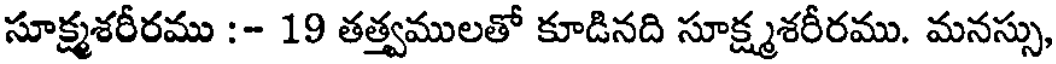
సూక్ష్మశరీరము :- 19 తత్త్వములతో కూడినది సూక్ష్మశరీరము. మనస్సు,